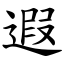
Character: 遐